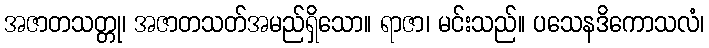
အဇာတသတ္တု၊ အဇာတသတ်အမည်ရှိသော။ ရာဇာ၊ မင်းသည်။ ပသေနဒိကောသလံ၊